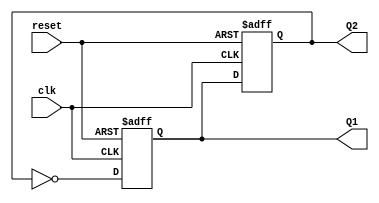
module dual_stage_johnson_counter (
    input wire clk,        // Clock input
    input wire reset,      // Asynchronous reset
    output reg Q1,         // Output of the first flip-flop
    output reg Q2          // Output of the second flip-flop
);

// The synchronous logic for the Johnson counter
always @(posedge clk or posedge reset) begin
    if (reset) begin
        // Reset both flip-flops to 0
        Q1 <= 1'b0;
        Q2 <= 1'b0;
    end else begin
        // Shift operation for the Johnson counter
        Q1 <= ~Q2;   // D1 = NOT Q2
        Q2 <= Q1;    // D2 = Q1
    end
end

endmodule